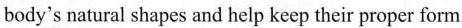
body^{\prime} s natural shapes and help keep their proper form.